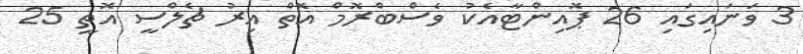
3 ވަނައިގައި 26 ޕޮއިންޓާއެކު ވެސްބްރޮމް އޮތް އިރު ޗެލްސީ އޮތީ 25